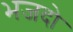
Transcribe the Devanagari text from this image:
भजदो